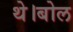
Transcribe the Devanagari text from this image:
थे।बोल